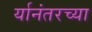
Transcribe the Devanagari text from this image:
र्यानंतरच्या